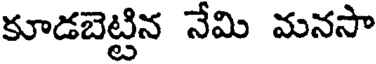
కూడబెట్టిన నేమి మనసా